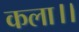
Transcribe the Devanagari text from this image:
कला।।